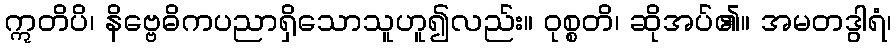
ဣတိပိ၊ နိဗ္ဗေဓိကပညာရှိသောသူဟူ၍လည်း။ ဝုစ္စတိ၊ ဆိုအပ်၏။ အမတဒွါရံ၊